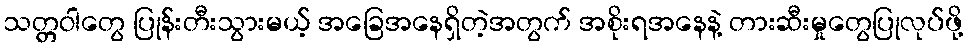
သတ္တဝါတွေ ပြုန်းတီးသွားမယ့် အခြေအနေရှိတဲ့အတွက် အစိုးရအနေနဲ့ တားဆီးမှုတွေပြုလုပ်ဖို့